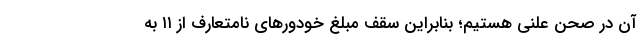
آن در صحن علنی هستیم؛ بنابراین سقف مبلغ خودور‌های نامتعارف از ۱۱ به